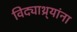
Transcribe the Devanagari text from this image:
विद्याथ्र्यांना